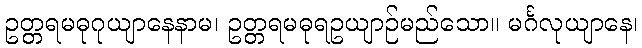
ဥတ္တရမဓုဂုယျာနေနာမ၊ ဥတ္တရမဓုရဥယျာဉ်မည်သော။ မင်္ဂလုယျာနေ၊